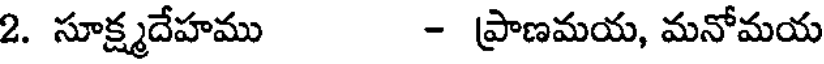
2. సూక్ష్మదేహము - ప్రాణమయ, మనోమయ